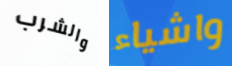
والشرب واشياء